Senior Leaving Certificate Examination (including Day School Certificate (Higher) General paper), 1949
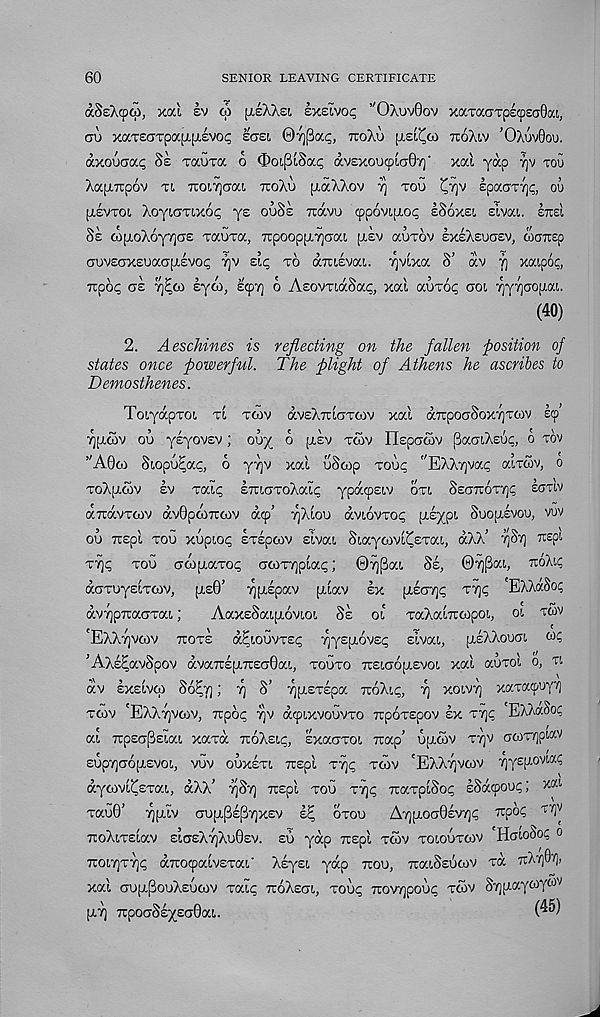
60
SENIOR LEAVING CERTIFICATE
dSeAcpto, xod sv co [leX/si sxsivoc ’'OXuvOov xaTaTTpecpsaOat,
GU XaT£aTpa[jL(L£VOC ECTSt, ©^(ja^ TroXu [TS'Zoi ttoXlv ’OXuvOou.
dxouaaf; Se vauva 6
dvexoucpLaSy) ’ xai yap vjv tou
XapLTTpOV XL TUOITjCiai. TroXu [LaXXOV 7] TOU (^7)V IpaOTT]^, 00
pLsvxo!. XcyiGTixot; ye ouSs Ttdvu cppovipioi; ISoxsi. eivai. ind
Ss <0[!,oX6y7]as xauxa, TcpooppLTjcai piev auxov sxlXeuaev, coaTrep
auveoxEuaupLevo^ tjv £i<; to aTusvai. ^vixa S’ dv fj xaipo?,
Trpoc; oe vj^co iyo), scpT) o AsovTidSa^, xai avToq ooi 7|y7)aopiat.
(40)
2. Aeschines is reflecting on the fallen position of
states once powerful. The plight of Athens he ascribes to
Demosthenes.
ToiyapToi xt Tfov dvsXTuaTOOv xai drcpoaSox^xcov ecp’
Tjpicov ou ysyovEV; ouy o pisv toov nspcroov (3acjiX£u<;, 6 tov
”A0o) Si.opu^a<;, 6 yyjv xai uScop tou^ ’’EXXTjvac; aixSv, o
ToXpiwv ev xaic; ETUcrToXai^ ypacpsiv otl Seotcott];; ecmv
aTrdvTwv dvOpoiTicov dcp’ t^Xiou dvt,6vTO<; [Lsypi SuopLsvou, vuv
OU Tispi TOU xupiot; ETEpCOV ElVai SiaytOVL^ETai, aXX’ 7]St] TTEpt
tt]^ tou aoipLaxo^ acoT7ipia<;; 07]PaL Se, 07)[3ai., ■koAc,
doTuyEiToiVj ;xe0’ ypipav piiav ex (Xeo'/]^ xyc 'EXXa.Soc
dv7]p7ca<TTai;
AaxsSaipiovioi. Se ol TaXaiTioopoi, oi t«v
'EXXtjvcov tote d^iouvxEi; ^yspLovEi; sivai, [xeXXouoi
’AXs^avSpov dva7rEpt,7t£G0a!., touto tteicto^evoi xai auxoi o, xt
dv EXEivcp 86E,j]; fj S’ YjpiETEpa TioXi,^, 7] xoiw) xaTacpuyv)
toov 'EXXvjvcov, Trpoc; 7]V dcpixvouvxo TtpoTEpov sx T7)^ EXXaSop
ai TpsapEiat, xaxd ttoXel^, Exauxoi, Trap’ ufxoov ttjv ocoT7)pi.av
Eup7]cr6pLEvoi, vuv ouxsTt. TTEpi iTjc, TfSv 'EXX^vcov Tjyspiovia;
dyoivi^Exai, dXX’ t^St) Tispi tou t7)<; TcaxpiSo^ sSacpou?; Y-M
xau0’ i^pilv ctu[x(3eP7)xev e^ otou
AtjpuxtOevtjc; Trpo<; xtjv
rcoXiTsiav £ 5 «7sX7)Xu0ev. eu yap Trspi tcov toloutoiv HatoSoc o
TCOL7]T7]^ aTrocpaivETai' XsyEi, yap ttou, TraiSsucov xd 7tX7]0v],
xai aupi|3ouX£ucov xaic; TroXsat,, xou<; 7rov7]pou<; xwv STjp.aywy 63 '
piT] TTpoaSeyEGOai.